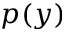
p ( y )